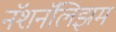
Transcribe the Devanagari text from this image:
नॅशनॅलिझम